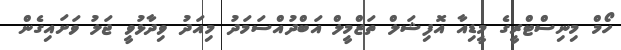
ހޯމް މިނިސްޓްރީގެ މީޑިއާ އޮފިޝަލް ތަޒްމީލް އަބްދުއްސަމަދު މިއަދު ވިދާޅުވީ ޖަލު ވަށައިގެން